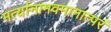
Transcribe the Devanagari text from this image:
मर्त्यानामवमानात्परं